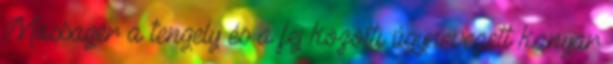
Massager a tengely és a fej közötti úgynevezett kanyar